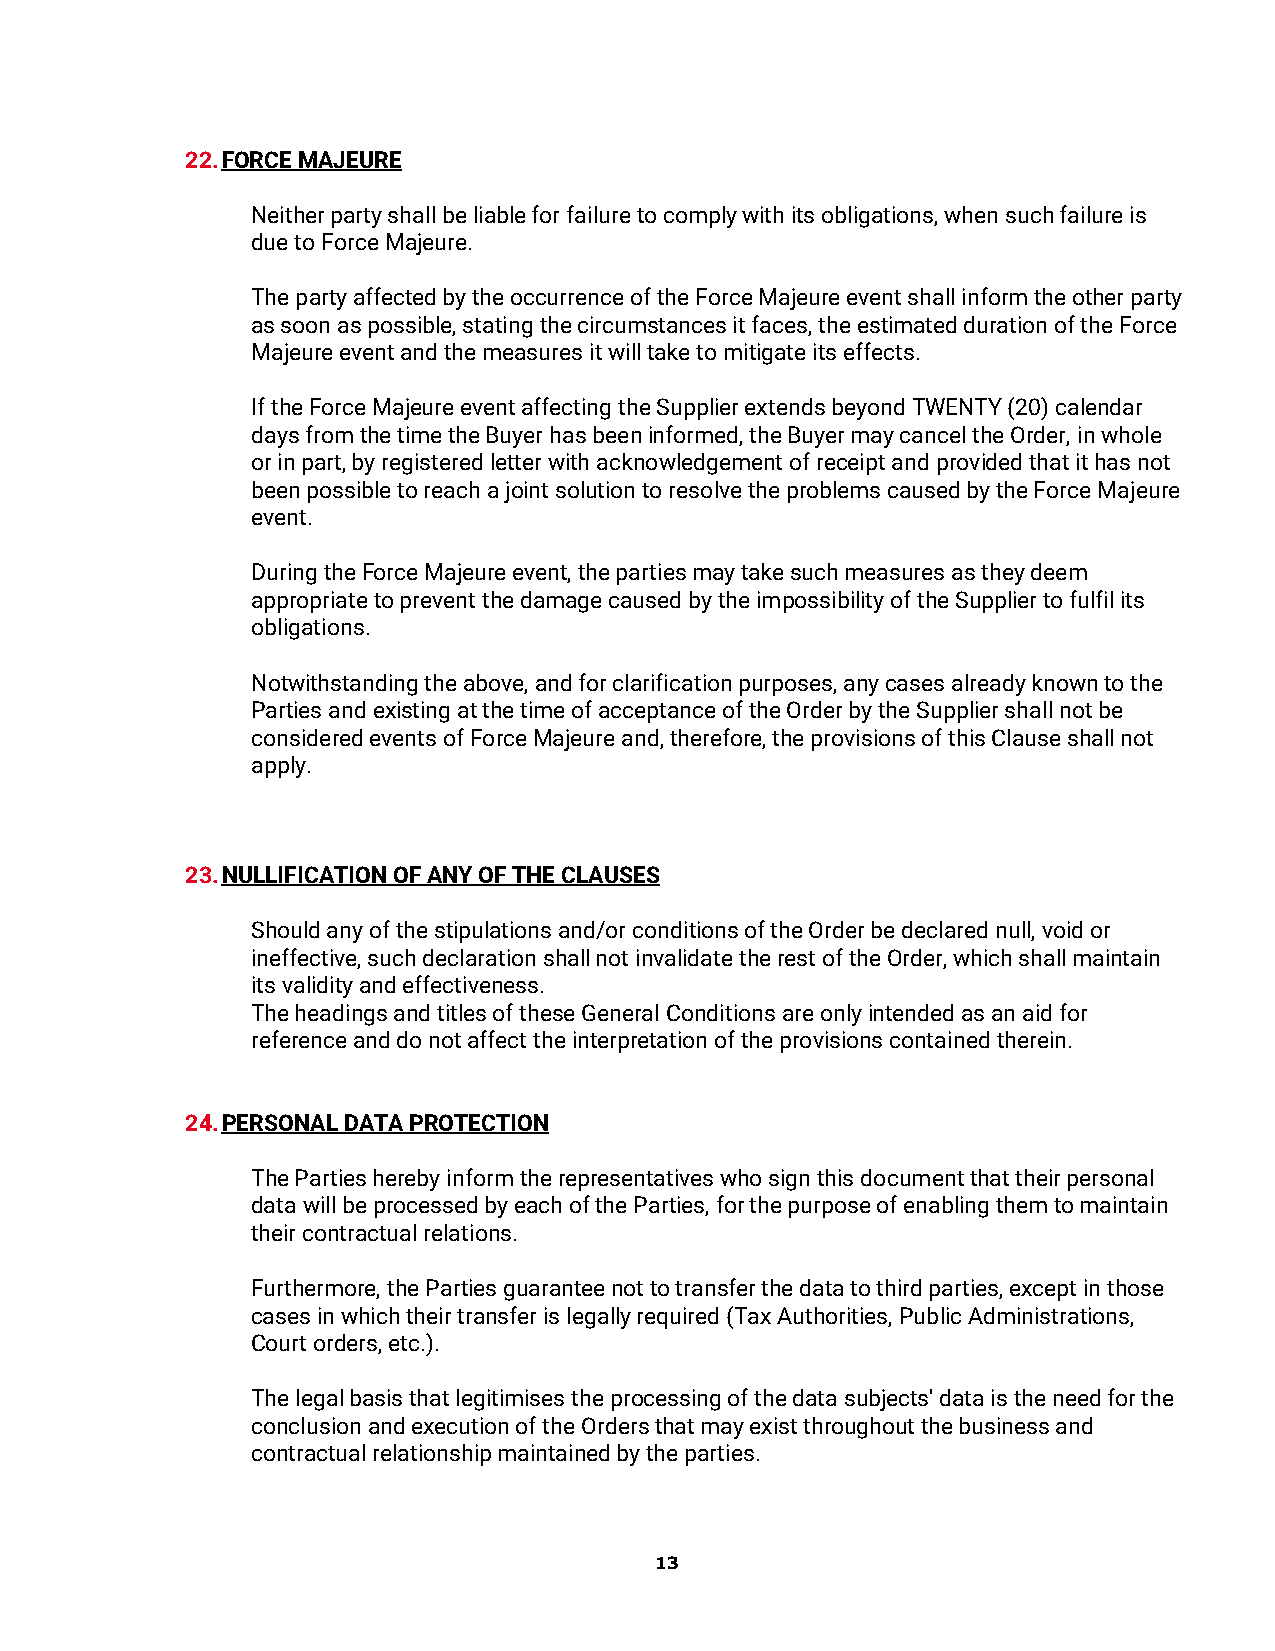
22. FORCE MAJEURE
 Neither party shall be liable for failure to comply with its obligations, when such failure is
 due to Force Majeure.
 The party affected by the occurrence of the Force Majeure event shall inform the other party
 as soon as possible, stating the circumstances it faces, the estimated duration of the Force
 Majeure event and the measures it will take to mitigate its effects.
 If the Force Majeure event affecting the Supplier extends beyond TWENTY (20) calendar
 days from the time the Buyer has been informed, the Buyer may cancel the Order, in whole
 or in part, by registered letter with acknowledgement of receipt and provided that it has not
 been possible to reach a joint solution to resolve the problems caused by the Force Majeure
 event.
 During the Force Majeure event, the parties may take such measures as they deem
 appropriate to prevent the damage caused by the impossibility of the Supplier to fulfil its
 obligations.
 Notwithstanding the above, and for clarification purposes, any cases already known to the
 Parties and existing at the time of acceptance of the Order by the Supplier shall not be
 considered events of Force Majeure and, therefore, the provisions of this Clause shall not
 apply.
 23. NULLIFICATION OF ANY OF THE CLAUSES
 Should any of the stipulations and/or conditions of the Order be declared null, void or
 ineffective, such declaration shall not invalidate the rest of the Order, which shall maintain
 its validity and effectiveness.
 The headings and titles of these General Conditions are only intended as an aid for
 reference and do not affect the interpretation of the provisions contained therein.
 24. PERSONAL DATA PROTECTION
 The Parties hereby inform the representatives who sign this document that their personal
 data will be processed by each of the Parties, for the purpose of enabling them to maintain
 their contractual relations.
 Furthermore, the Parties guarantee not to transfer the data to third parties, except in those
 cases in which their transfer is legally required (Tax Authorities, Public Administrations,
 Court orders, etc.).
 The legal basis that legitimises the processing of the data subjects' data is the need for the
 conclusion and execution of the Orders that may exist throughout the business and
 contractual relationship maintained by the parties.
 13